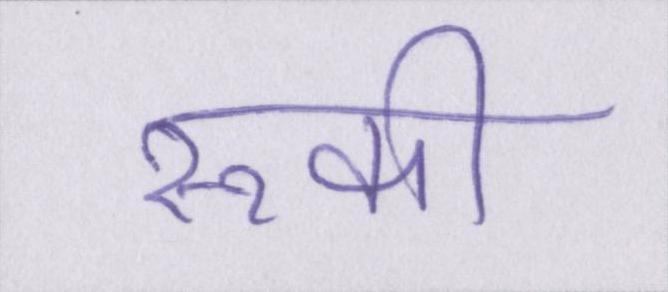
रूकी